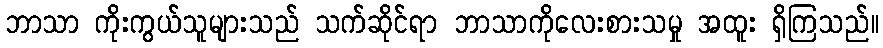
ဘာသာ ကိုးကွယ်သူများသည် သက်ဆိုင်ရာ ဘာသာကိုလေးစားသမှု အထူး ရှိကြသည်။